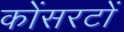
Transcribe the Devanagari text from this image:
कोंसरटों